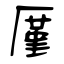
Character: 厪